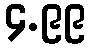
၄.၉၉